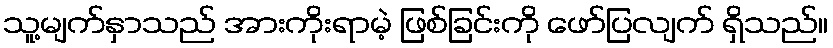
သူ့မျက်နှာသည် အားကိုးရာမဲ့ ဖြစ်ခြင်းကို ဖော်ပြလျက် ရှိသည်။